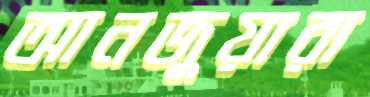
আনজুয়ারা